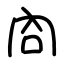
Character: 㕯